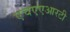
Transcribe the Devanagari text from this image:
एचएएआरटी